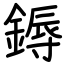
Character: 鎒